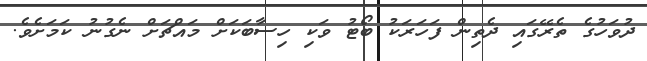
ދުވަހުގެ ތެރޭގައި ދެތިން ފަހަރަކު ބޯޓު ވަކި ހިސާބަކަށް މައްޗަށް ނެގުނު ކަމަށެވެ.